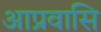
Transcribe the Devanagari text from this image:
आप्रवासि